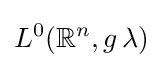
L^{0}(\mathbb {R} ^{n},g\,\lambda )